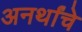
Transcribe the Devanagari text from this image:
अनर्थांचे